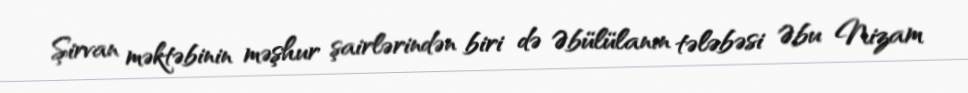
Şirvan məktəbinin məşhur şairlərindən biri də Əbülülanın tələbəsi Əbu Nizam